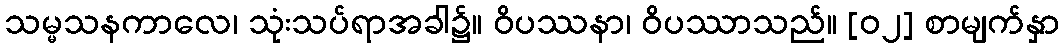
သမ္မသနကာလေ၊ သုံးသပ်ရာအခါ၌။ ဝိပဿနာ၊ ဝိပဿာသည်။ [၀၂] စာမျက်နှာ